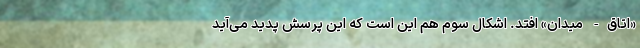
«اتاق- میدان» اُفتد. اِشکال سوم هم این است که این پرسش پدید می‌آید